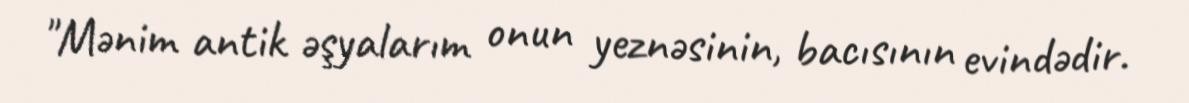
"Mənim antik əşyalarım onun yeznəsinin, bacısının evindədir.